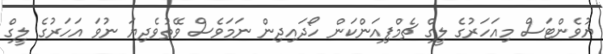
ޔުވެންޓަސް މިއަހަރުގެ ލީގް ޗެމްޕިއަންކަން ހޯދައިދިން ނަމަވެސް ވޭތުވެދިޔަ ނުވަ އަހަރުގެ ލީގް